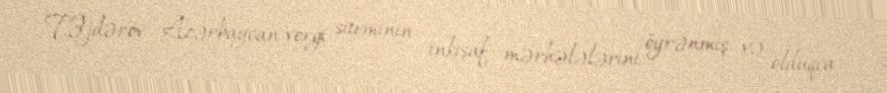
T.Əjdərov Azərbaycan vergi siteminin inkişaf mərhələlərini öyrənmiş və olduqca